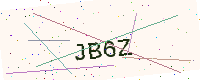
Text: JB6Z